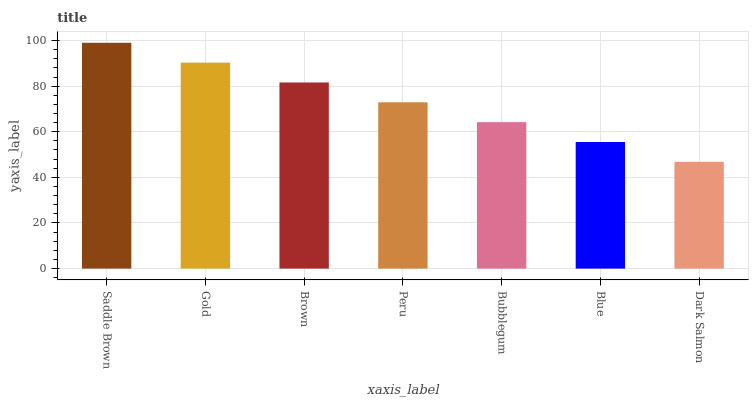
| xaxis_label | bars |
 | --- | --- |
 | Saddle Brown | 99 |
 | Gold | 90.3 |
 | Brown | 81.6 |
 | Peru | 72.9 |
 | Bubblegum | 64.2 |
 | Blue | 55.5 |
 | Dark Salmon | 46.8 |